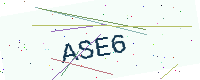
Text: ASE6